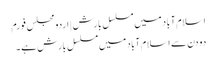
اسلام آباد میں مسلسل بارش | اردو مجلس فورم
دو دن سے اسلام آباد میں مسلسل بارش ہے ۔